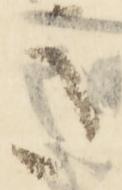
き